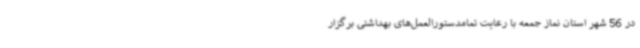
در 56 شهر استان نماز جمعه با رعایت تمامدستورالعمل‌های بهداشتی برگزار